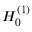
H _ { 0 } ^ { ( 1 ) }